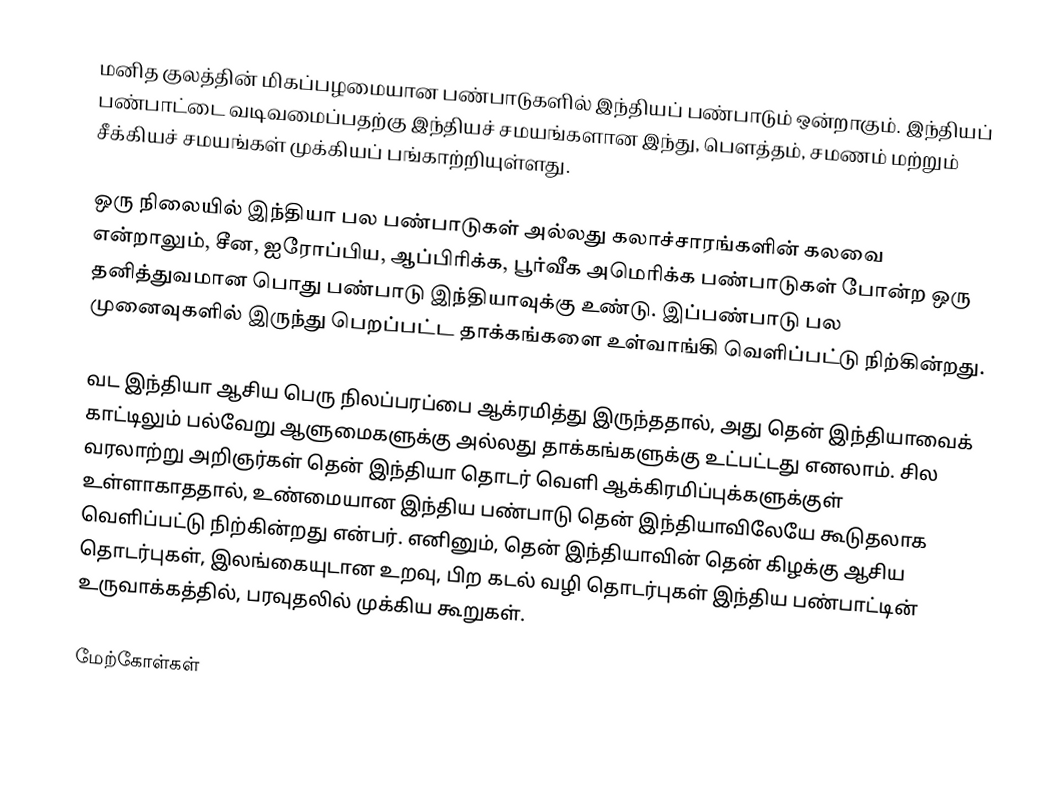
மனித குலத்தின் மிகப்பழமையான பண்பாடுகளில் இந்தியப் பண்பாடும் ஒன்றாகும். இந்தியப் பண்பாட்டை வடிவமைப்பதற்கு இந்தியச் சமயங்களான இந்து, பௌத்தம், சமணம் மற்றும் சீக்கியச் சமயங்கள் முக்கியப் பங்காற்றியுள்ளது.

ஒரு நிலையில் இந்தியா பல பண்பாடுகள் அல்லது கலாச்சாரங்களின் கலவை என்றாலும், சீன, ஐரோப்பிய,  ஆப்பிரிக்க, பூர்வீக அமெரிக்க பண்பாடுகள் போன்ற ஒரு தனித்துவமான பொது பண்பாடு இந்தியாவுக்கு உண்டு. இப்பண்பாடு பல முனைவுகளில் இருந்து பெறப்பட்ட தாக்கங்களை உள்வாங்கி வெளிப்பட்டு நிற்கின்றது.

வட இந்தியா ஆசிய பெரு நிலப்பரப்பை ஆக்ரமித்து இருந்ததால், அது தென் இந்தியாவைக் காட்டிலும் பல்வேறு ஆளுமைகளுக்கு அல்லது தாக்கங்களுக்கு உட்பட்டது எனலாம். சில வரலாற்று அறிஞர்கள் தென் இந்தியா தொடர் வெளி ஆக்கிரமிப்புக்களுக்குள் உள்ளாகாததால், உண்மையான இந்திய பண்பாடு தென் இந்தியாவிலேயே கூடுதலாக வெளிப்பட்டு நிற்கின்றது என்பர். எனினும், தென் இந்தியாவின் தென் கிழக்கு ஆசிய தொடர்புகள், இலங்கையுடான உறவு, பிற கடல் வழி தொடர்புகள் இந்திய பண்பாட்டின் உருவாக்கத்தில், பரவுதலில் முக்கிய கூறுகள்.

மேற்கோள்கள்